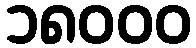
၁၈၀၀၀